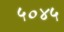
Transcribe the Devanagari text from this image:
५०४५